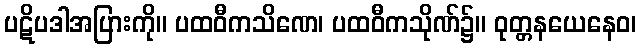
ပဋိပဒါအပြားကို။ ပထဝီကသိဏေ၊ ပထဝီကသိုဏ်၌။ ဝုတ္တနယေနေဝ၊